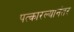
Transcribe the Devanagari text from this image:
पत्कारल्यानंतर